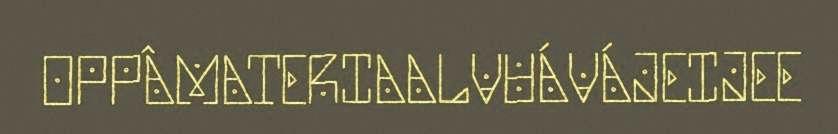
OPPÂMATERIAALVUÁVÁJEIJEE